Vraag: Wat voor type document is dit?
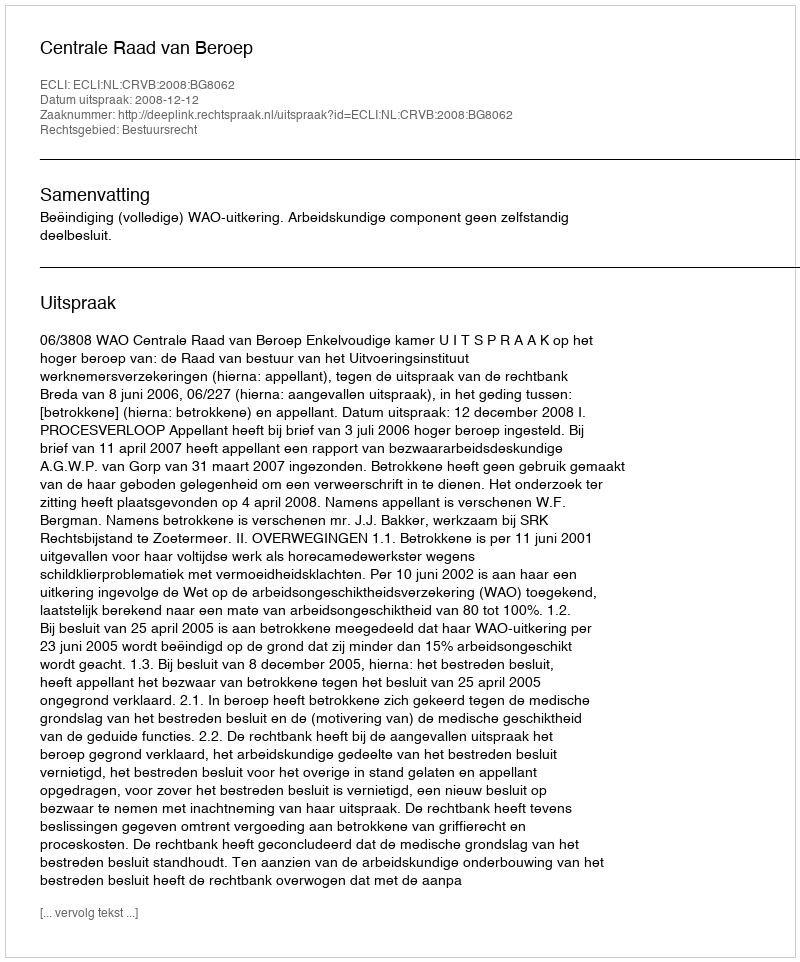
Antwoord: Uitspraak